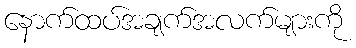
နောက်ထပ်အချက်အလက်များကို